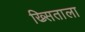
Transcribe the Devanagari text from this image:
ख्र्सिताला